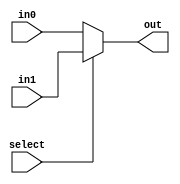
module mux_two_one(in0, in1, select, out);
//if select is 1 you get in1
	input[31:0] in0, in1;
	input select;
	output[31:0] out;
	assign out = select ? in1 : in0;
endmodule